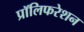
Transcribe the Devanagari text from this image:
प्रॉलिफरेशन